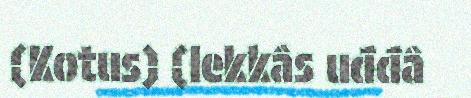
(Kotus) (lekkâs uđđâ